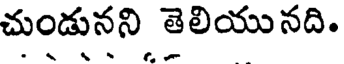
చుండునని తెలియు నది.